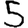
Digit: 5